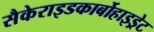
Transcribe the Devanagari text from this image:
सैकेराइडकार्बोहाइड्रेट